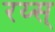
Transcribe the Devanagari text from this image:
रय्स्